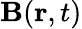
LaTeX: \mathbf{B}(\mathbf{r},t)